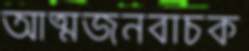
আত্মজনবাচক